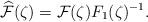
LaTeX: \begin{align*}\widehat{\cal F}(\zeta)={\cal F}(\zeta)F_1(\zeta)^{-1}.\end{align*}